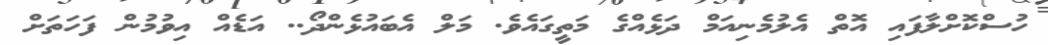
ހުސްކޮށްލާފައި އޮތް އެލުމެނިއަމް ދަޅެއްގެ މަތީގައެވެ. މަލް އެބައުޅެންދޯ.. އަޑެއް އިވުމުން ފަހަތަށް